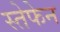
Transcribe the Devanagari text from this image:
स्तेफेन